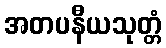
အတပနီယသုတ္တံ